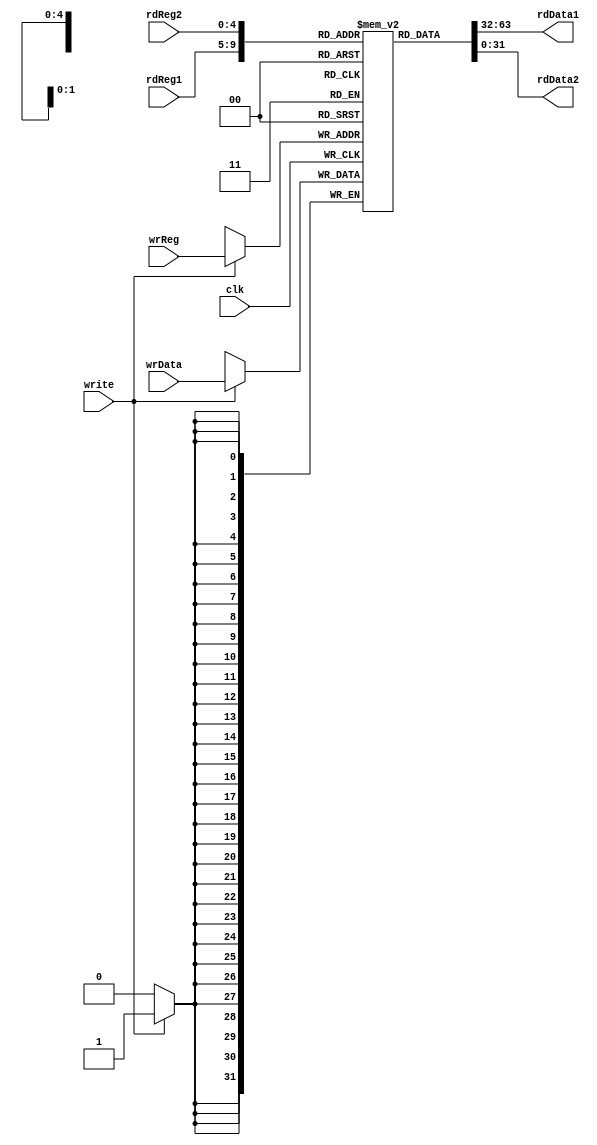
`timescale 1ns / 1ps
//////////////////////////////////////////////////////////////////////////////////
// Company: 
// Engineer: 
// 
// Design Name: 
// Module Name: regFile
// Project Name: 
// Target Devices: 
// Tool Versions: 
// Description: 
// 
// Dependencies: 
// 
// Revision:
// Revision 0.01 - File Created
// Additional Comments:
// 
//////////////////////////////////////////////////////////////////////////////////


module RegisterFile(
    input clk,
    input [4:0] rdReg1, rdReg2, wrReg,
    input [31:0] wrData,
    input write,
    output [31:0] rdData1, rdData2
    );
    
    reg [31:0] register [0:31];
    
    integer i;
    initial
        for(i=0;i<32;i=i+1) register[i] = 32'b00000000000000000000000000000000;
    
	always @(posedge clk) begin
		if (write) register[wrReg] = wrData;
	end
    
    assign rdData1 = register[rdReg1];
    assign rdData2 = register[rdReg2];
    
endmodule

module RegisterN(clk, hold, clear, wrData, rdData);
    
    parameter N = 1;
    
    input clk;
    input hold, clear;    
    input [N-1:0] wrData;
    output reg [N-1:0] rdData;
    
    initial begin
        rdData = {N{1'b0}};
    end
    
    always @(posedge clk) begin
		if (clear)
		    rdData <= {N{1'b0}};
		else if (hold)
			rdData <= rdData;
		else
			rdData <= wrData;
	end
    
endmodule